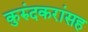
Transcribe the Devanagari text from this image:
कुरुंदकरांसह